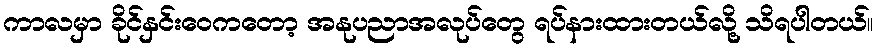
ကာလမှာ ခိုင်နှင်းဝေကတော့ အနုပညာအလုပ်တွေ ရပ်နားထားတယ်လို့ သိရပါတယ်။